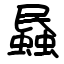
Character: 蟁